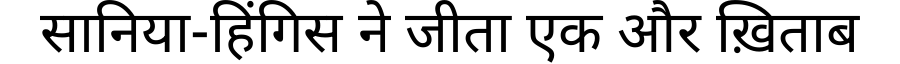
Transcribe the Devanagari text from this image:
सानिया-हिंगिस ने जीता एक और ख़िताब